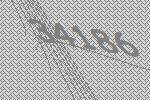
34186